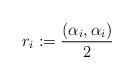
LaTeX: \begin{align*}r_i:=\frac{(\alpha_i, \alpha_i)}{2} \end{align*}